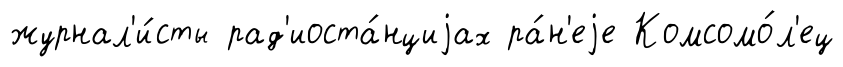
журнал'и́сты рад'иоста́нциjах ра́н'еjе Комсомо́л'ец